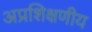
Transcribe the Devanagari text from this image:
अप्रशिक्षणीय